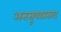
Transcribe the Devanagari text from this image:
अनसूयाप्रसाद